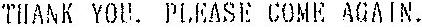
THANK YOU. PLEASE COME AGAUR.